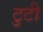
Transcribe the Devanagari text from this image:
टुटी